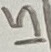
Text: 15